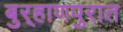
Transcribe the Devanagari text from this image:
बुर्‍हाणपुरात